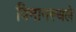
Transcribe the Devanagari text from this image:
विमानस्थले